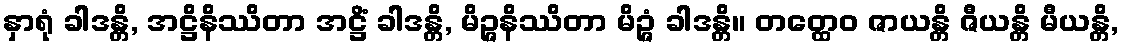
နှာရုံ ခါဒန္တိ, အဋ္ဌိနိဿိတာ အဋ္ဌိံ ခါဒန္တိ, မိဉ္ဇနိဿိတာ မိဉ္ဇံ ခါဒန္တိ။ တတ္ထေဝ ဇာယန္တိ ဇီယန္တိ မီယန္တိ,